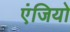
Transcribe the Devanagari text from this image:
एंजियो